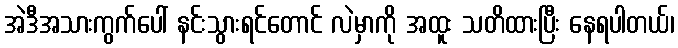
အဲဒီအသားကွက်ပေါ် နင်းသွားရင်တောင် လဲမှာကို အထူး သတိထားပြီး နေရပါတယ်၊